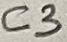
Text: C3